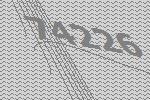
74226